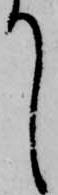
て